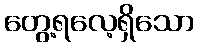
တွေ့ရလေ့ရှိသော